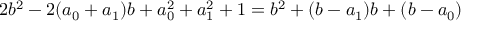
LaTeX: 2 b ^ { 2 } - 2 ( a _ { 0 } + a _ { 1 } ) b + a _ { 0 } ^ { 2 } + a _ { 1 } ^ { 2 } + 1 = b ^ { 2 } + ( b - a _ { 1 } ) b + ( b - a _ { 0 } )